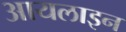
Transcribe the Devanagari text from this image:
आयलाइन